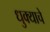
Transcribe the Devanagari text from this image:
धुक्याचे